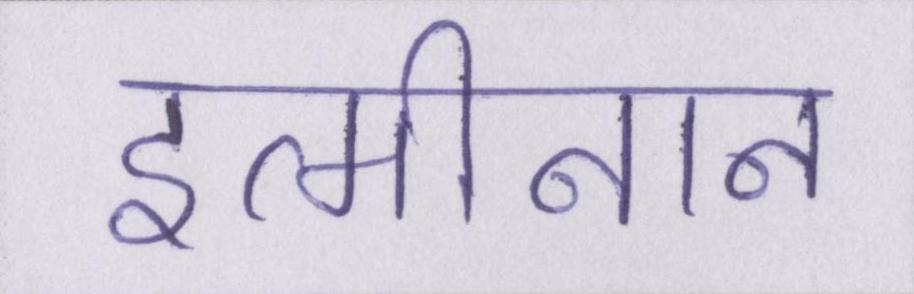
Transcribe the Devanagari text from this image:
इत्मीनान